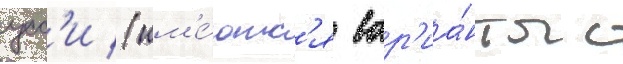
усс'и (им'е́ютс'я вар'иа́нты с